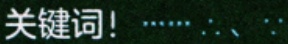
关键词! …… 、：